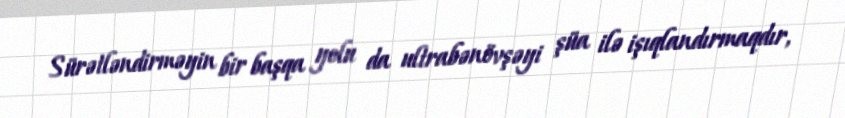
Sürətləndirməyin bir başqa yolu da ultrabənövşəyi şüa ilə işıqlandırmaqdır,